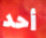
أحد